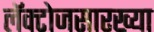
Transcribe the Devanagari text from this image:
लॅक्टोजसारख्या